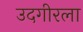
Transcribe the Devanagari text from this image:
उदगीरला